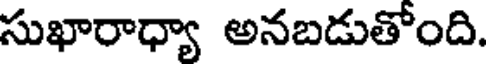
సుఖారాధ్యా అనబడుతోంది.